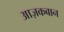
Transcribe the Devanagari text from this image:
आज़कबान